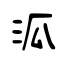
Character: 泒